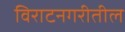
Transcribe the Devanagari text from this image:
विराटनगरीतील